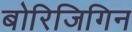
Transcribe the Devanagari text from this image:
बोरिजिगिन